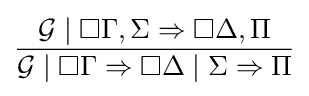
{\frac {{\mathcal {G}}\mid \Box \Gamma ,\Sigma \Rightarrow \Box \Delta ,\Pi }{{\mathcal {G}}\mid \Box \Gamma \Rightarrow \Box \Delta \mid \Sigma \Rightarrow \Pi }}